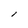
Character: l